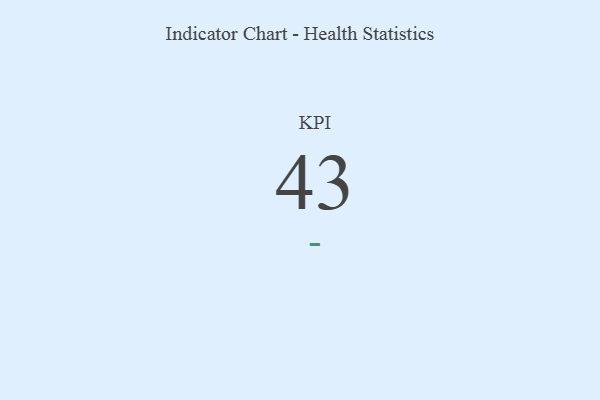
{"axis": {"x": "KPI", "y": "Value"}, "legend": [""], "data": [{"x": "KPI", "y": 43, "type": ""}]}